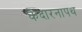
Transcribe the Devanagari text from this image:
केदारनापथ